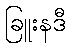
ခြူးနဒီ